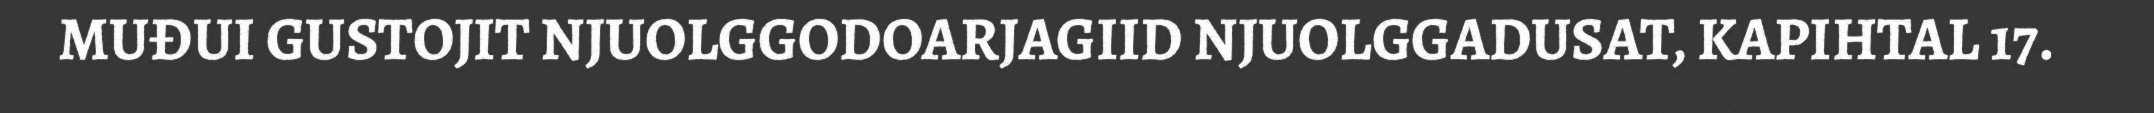
MUĐUI GUSTOJIT NJUOLGGODOARJAGIID NJUOLGGADUSAT, KAPIHTAL 17.